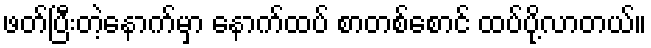
ဖတ်ပြီးတဲ့နောက်မှာ နောက်ထပ် စာတစ်စောင် ထပ်ပို့လာတယ်။